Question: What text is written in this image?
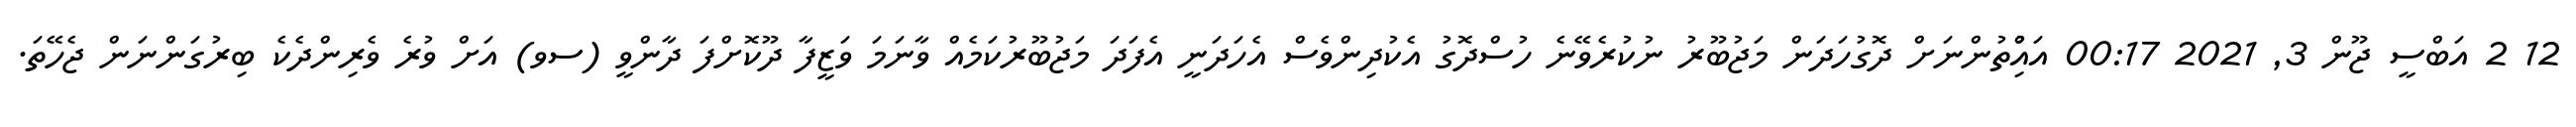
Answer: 12 2 އަބްސީ ޖޫން 3, 2021 00:17 އައްުިތުންނަށް ދޮގުހަދަން މަޖުބޫރު ނުކުރެވޭނެ ހުސްދޮގު އެކުދިންވެސް އެހަދަނީ އެފަދަ މަޖުބޫރުކަމެއް ވާނަމަ ވަޒީފާ ދޫކޮށްފަ ދާންވީ (ސވ) އަށް ވުރެ ވެރިންދެކެ ބިރުގަންނަން ޖެހޭތަ.